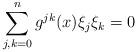
LaTeX: \begin{align*} \sum_{j,k=0}^n g^{jk}(x)\xi_j\xi_k=0\end{align*}